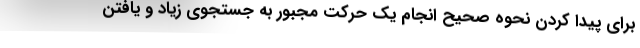
برای پیدا کردن نحوه صحیح انجام یک حرکت مجبور به جستجوی زیاد و یافتن